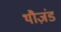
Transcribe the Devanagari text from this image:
थौज़ंड